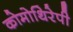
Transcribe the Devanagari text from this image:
कोमोथिरेपी